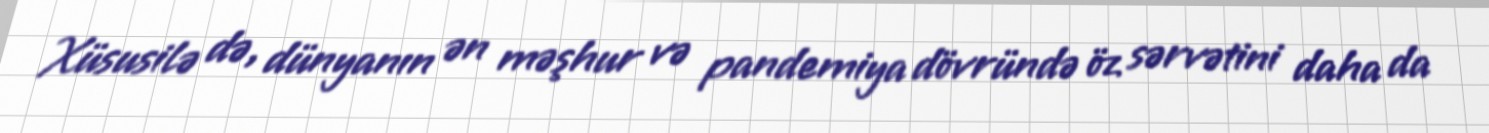
Xüsusilə də, dünyanın ən məşhur və pandemiya dövründə öz sərvətini daha da